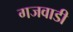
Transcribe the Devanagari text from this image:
गजवाडी